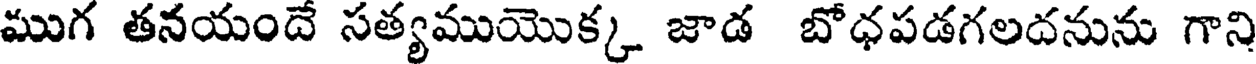
ముగ తనయందే సత్యముయొక్క జాడ బోధపడగలదనును గాని